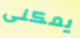
يمكنى